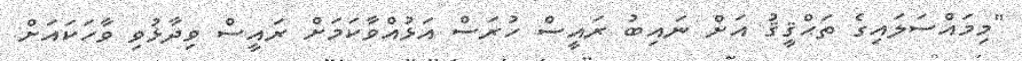
"މިމައްސަލައިގެ ތަޙްޤީޤު އަށް ނައިބު ރައީސް ހުރަސް އަޅުއްވާކަމަށް ރައީސް ވިދާޅުވި ވާހަކައަށް